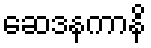
ဆေဒနကာနိ